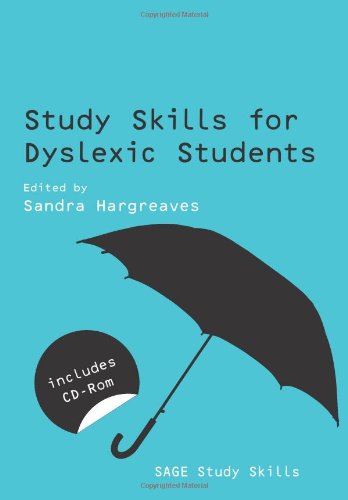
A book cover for Study Skills for Dyslexic Students (SAGE Study Skills Series); Health, Fitness & Dieting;